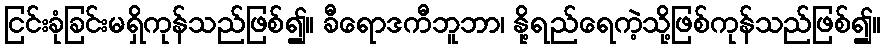
ငြင်းခုံခြင်းမရှိကုန်သည်ဖြစ်၍။ ခီရောဒကီဘူဘာ၊ နို့ရည်ရေကဲ့သို့ဖြစ်ကုန်သည်ဖြစ်၍။